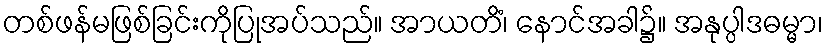
တစ်ဖန်မဖြစ်ခြင်းကိုပြုအပ်သည်။ အာယတိံ၊ နောင်အခါ၌။ အနုပ္ပါဒဓမ္မာ၊